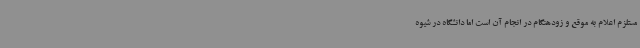
مستلزم اعلام به موقع و زودهنگام در انجام آن است اما دانشگاه در شیوه‌